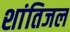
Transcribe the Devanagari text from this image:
शांतिजल